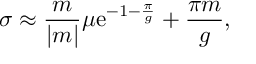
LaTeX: \sigma \approx { \frac { m } { | m | } } \mu \mathrm { e } ^ { - 1 - { \frac { \pi } { g } } } + { \frac { \pi m } { g } } ,